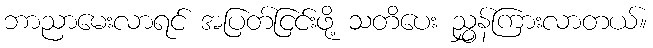
ဘာညာမေးလာရင် အပြတ်ငြင်းဖို့ သတိပေး ညွှန်ကြားလာတယ်။